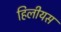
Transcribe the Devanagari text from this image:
हिलीयस